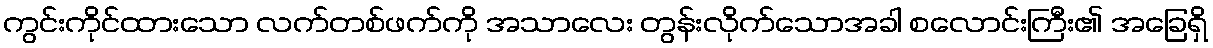
ကွင်းကိုင်ထားသော လက်တစ်ဖက်ကို အသာလေး တွန်းလိုက်သောအခါ စလောင်းကြီး၏ အခြေရှိ